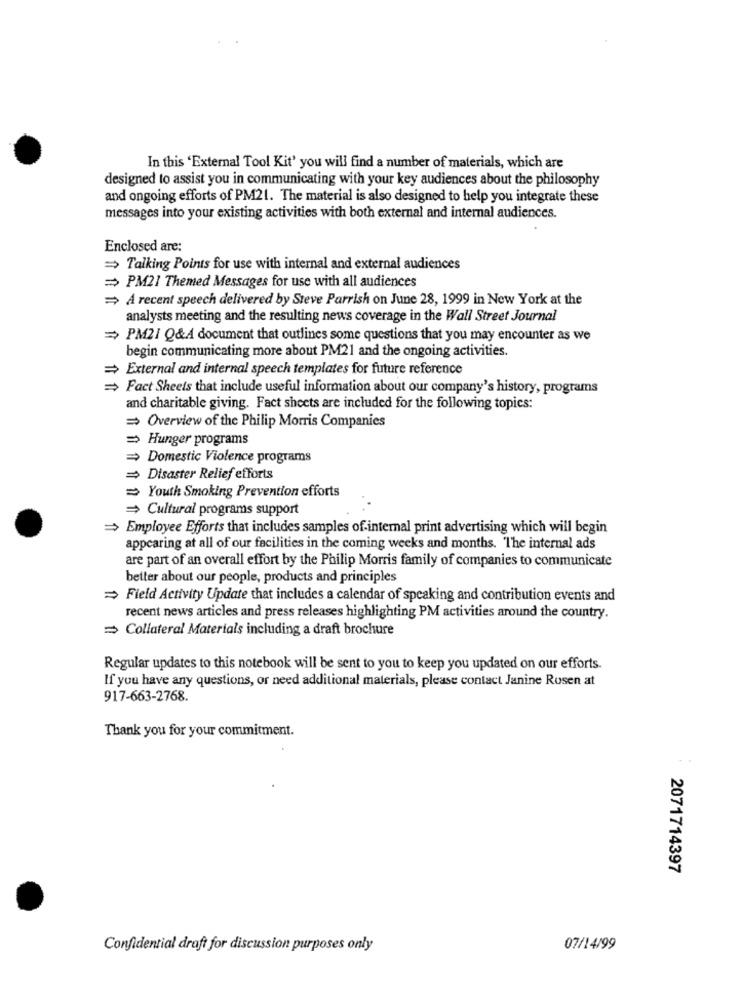
In this 'External Tool Kit' you will find a number of materials, which are
designed to assist you in communicating with your key audiences about the philosophy
and ongoing efforts of PM21. The material is also designed to help you integrate these
messages into your existing activities with both external and internal audiences.
Enclosed are:
= Talking Points for use with internal and external audiences
= PM21 Themed Messages for use with all audiences
A recent speech delivered by Steve Parrish on June 28, 1999 in New York at the
analysts meeting and the resulting news coverage in the Wall Street Journal
=> PM21 Q&A document that outlines some questions that you may encounter as we
begin communicating more about PM21 and the ongoing activities.
= External and internal speech templates for future reference
= Fact Sheets that include useful information about our company's history, programs
and charitable giving. Fact sheets are included for the following topics:
= Overview of the Philip Morris Companies
= Hunger programs
› Domestic Violence programs
= Disaster Relief efforts
= Youth Smoking Prevention efforts
= Cultural programs support
Employee Efforts that includes samples of internal print advertising which will begin
appearing at all of our facilities in the coming weeks and months. The internal ads
are part of an overall effort by the Philip Morris family of companies to communicate
better about our people, products and principles
= Field Activity Update that includes a calendar of speaking and contribution events and
recent news articles and press releases highlighting PM activities around the country.
= Collateral Materials including a draft brochure
Regular updates to this notebook will be sent to you to keep you updated on our efforts.
If you have any questions, or need additional materials, please contact Janine Rosen at
917-663-2768.
Thank you for your commitment.
2071714397
Confidential draft for discussion purposes only
07/14/99